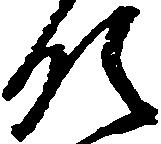
領